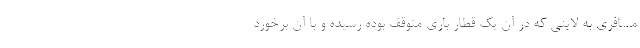
مسافری به لاینی که در آن یک قطار باری متوقف بوده رسیده و با آن برخورد